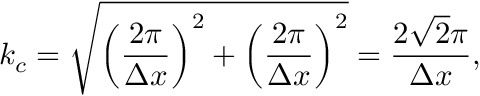
k _ { c } = \sqrt { \left( \frac { 2 \pi } { \Delta x } \right) ^ { 2 } + \left( \frac { 2 \pi } { \Delta x } \right) ^ { 2 } } = \frac { 2 \sqrt { 2 } \pi } { \Delta x } ,